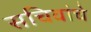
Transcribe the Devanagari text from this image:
सचिवांचे